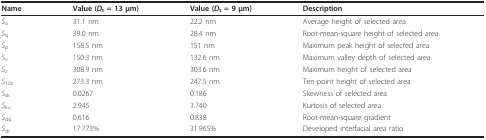
| Name | Value (Dt = 13 μm) | Value (Dt = 9 μm) | Description |
 | --- | --- | --- | --- |
 | Sa | 31.1 nm | 22.2 nm | Average height of selected area |
 | Sq | 39.0 nm | 28.4 nm | Root-mean-square height of selected area |
 | Sp | 158.5 nm | 151 nm | Maximum peak height of selected area |
 | Sv | 150.3 nm | 132.6 nm | Maximum valley depth of selected area |
 | Sz | 308.9 nm | 303.6 nm | Maximum height of selected area |
 | S10z | 273.3 nm | 247.5 nm | Ten-point height of selected area |
 | Ssk | 0.0267 | 0.186 | Skewness of selected area |
 | Sku | 2.945 | 3.740 | Kurtosis of selected area |
 | Sdq | 0.616 | 0.838 | Root-mean-square gradient |
 | Sdr | 17.773% | 31.965% | Developed interfacial area ratio |